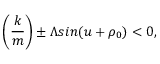
\left( \frac { k } { m } \right) \pm \Lambda s i n ( u + \rho _ { 0 } ) < 0 ,